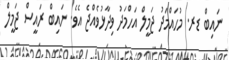
ނައިބް ޑރ. މުހައްމަދު ޖަމީލް އަހްމަދު ވިދާޅުވެއްޖެ އެވެ. ނައިބް ރައީސް ޖަމީލް